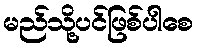
မည်သို့ပင်ဖြစ်ပါစေ